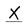
Character: X